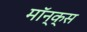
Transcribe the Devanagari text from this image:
मॉन्क्स